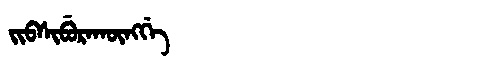
Manchu: ᠵᡳᠪᠰᡳᠪᡠᡵᠠᡴᡡᠩᡤᡝ
Romanization: JIBSIBURAKŪNGGE